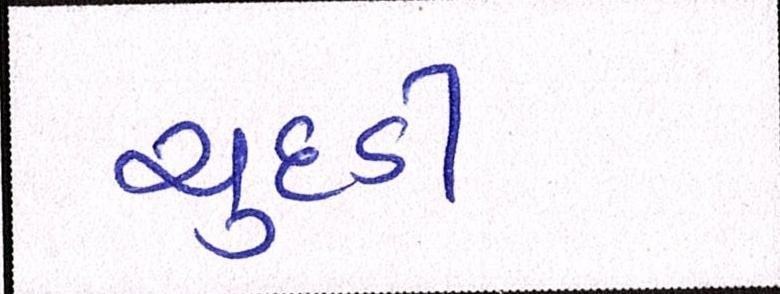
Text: ચુદડી